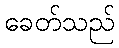
ခေတ်သည်